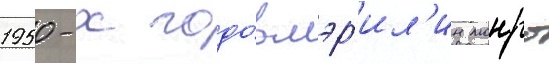
1950-х годо́в мэр'ил'ин монро